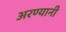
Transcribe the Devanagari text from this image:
अरण्यानी